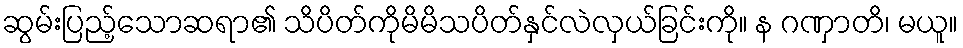
ဆွမ်းပြည့်သောဆရာ၏ သိပိတ်ကိုမိမိသပိတ်နှင်လဲလှယ်ခြင်းကို။ န ဂဏှာတိ၊ မယူ။